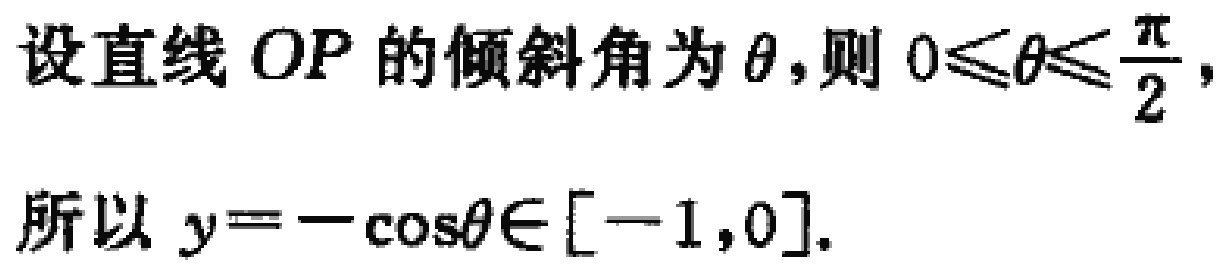
设直线 \(OP\) 的倾斜角为 \(\theta\)，则 \(0\leqslant\theta\leqslant\frac{\pi}{2}\)，

所以 \(y = -\cos\theta\in[-1,0]\)。